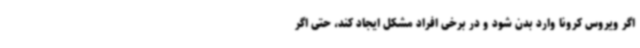
اگر ویروس کرونا وارد بدن شود و در برخی افراد مشکل ایجاد کند، حتی اگر